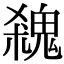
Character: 𩳙